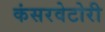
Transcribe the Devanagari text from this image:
कंसरवेटोरी